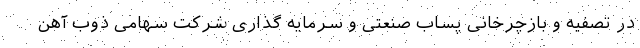
در تصفیه و بازچرخانی پساب صنعتی و سرمایه گذاری شرکت سهامی ذوب آهن